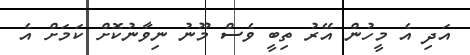
އަދި އެ މީހުން އޭރު ތިބީ ވެސް މޫނު ނިވާނުކޮށް ކަމަށް އެ